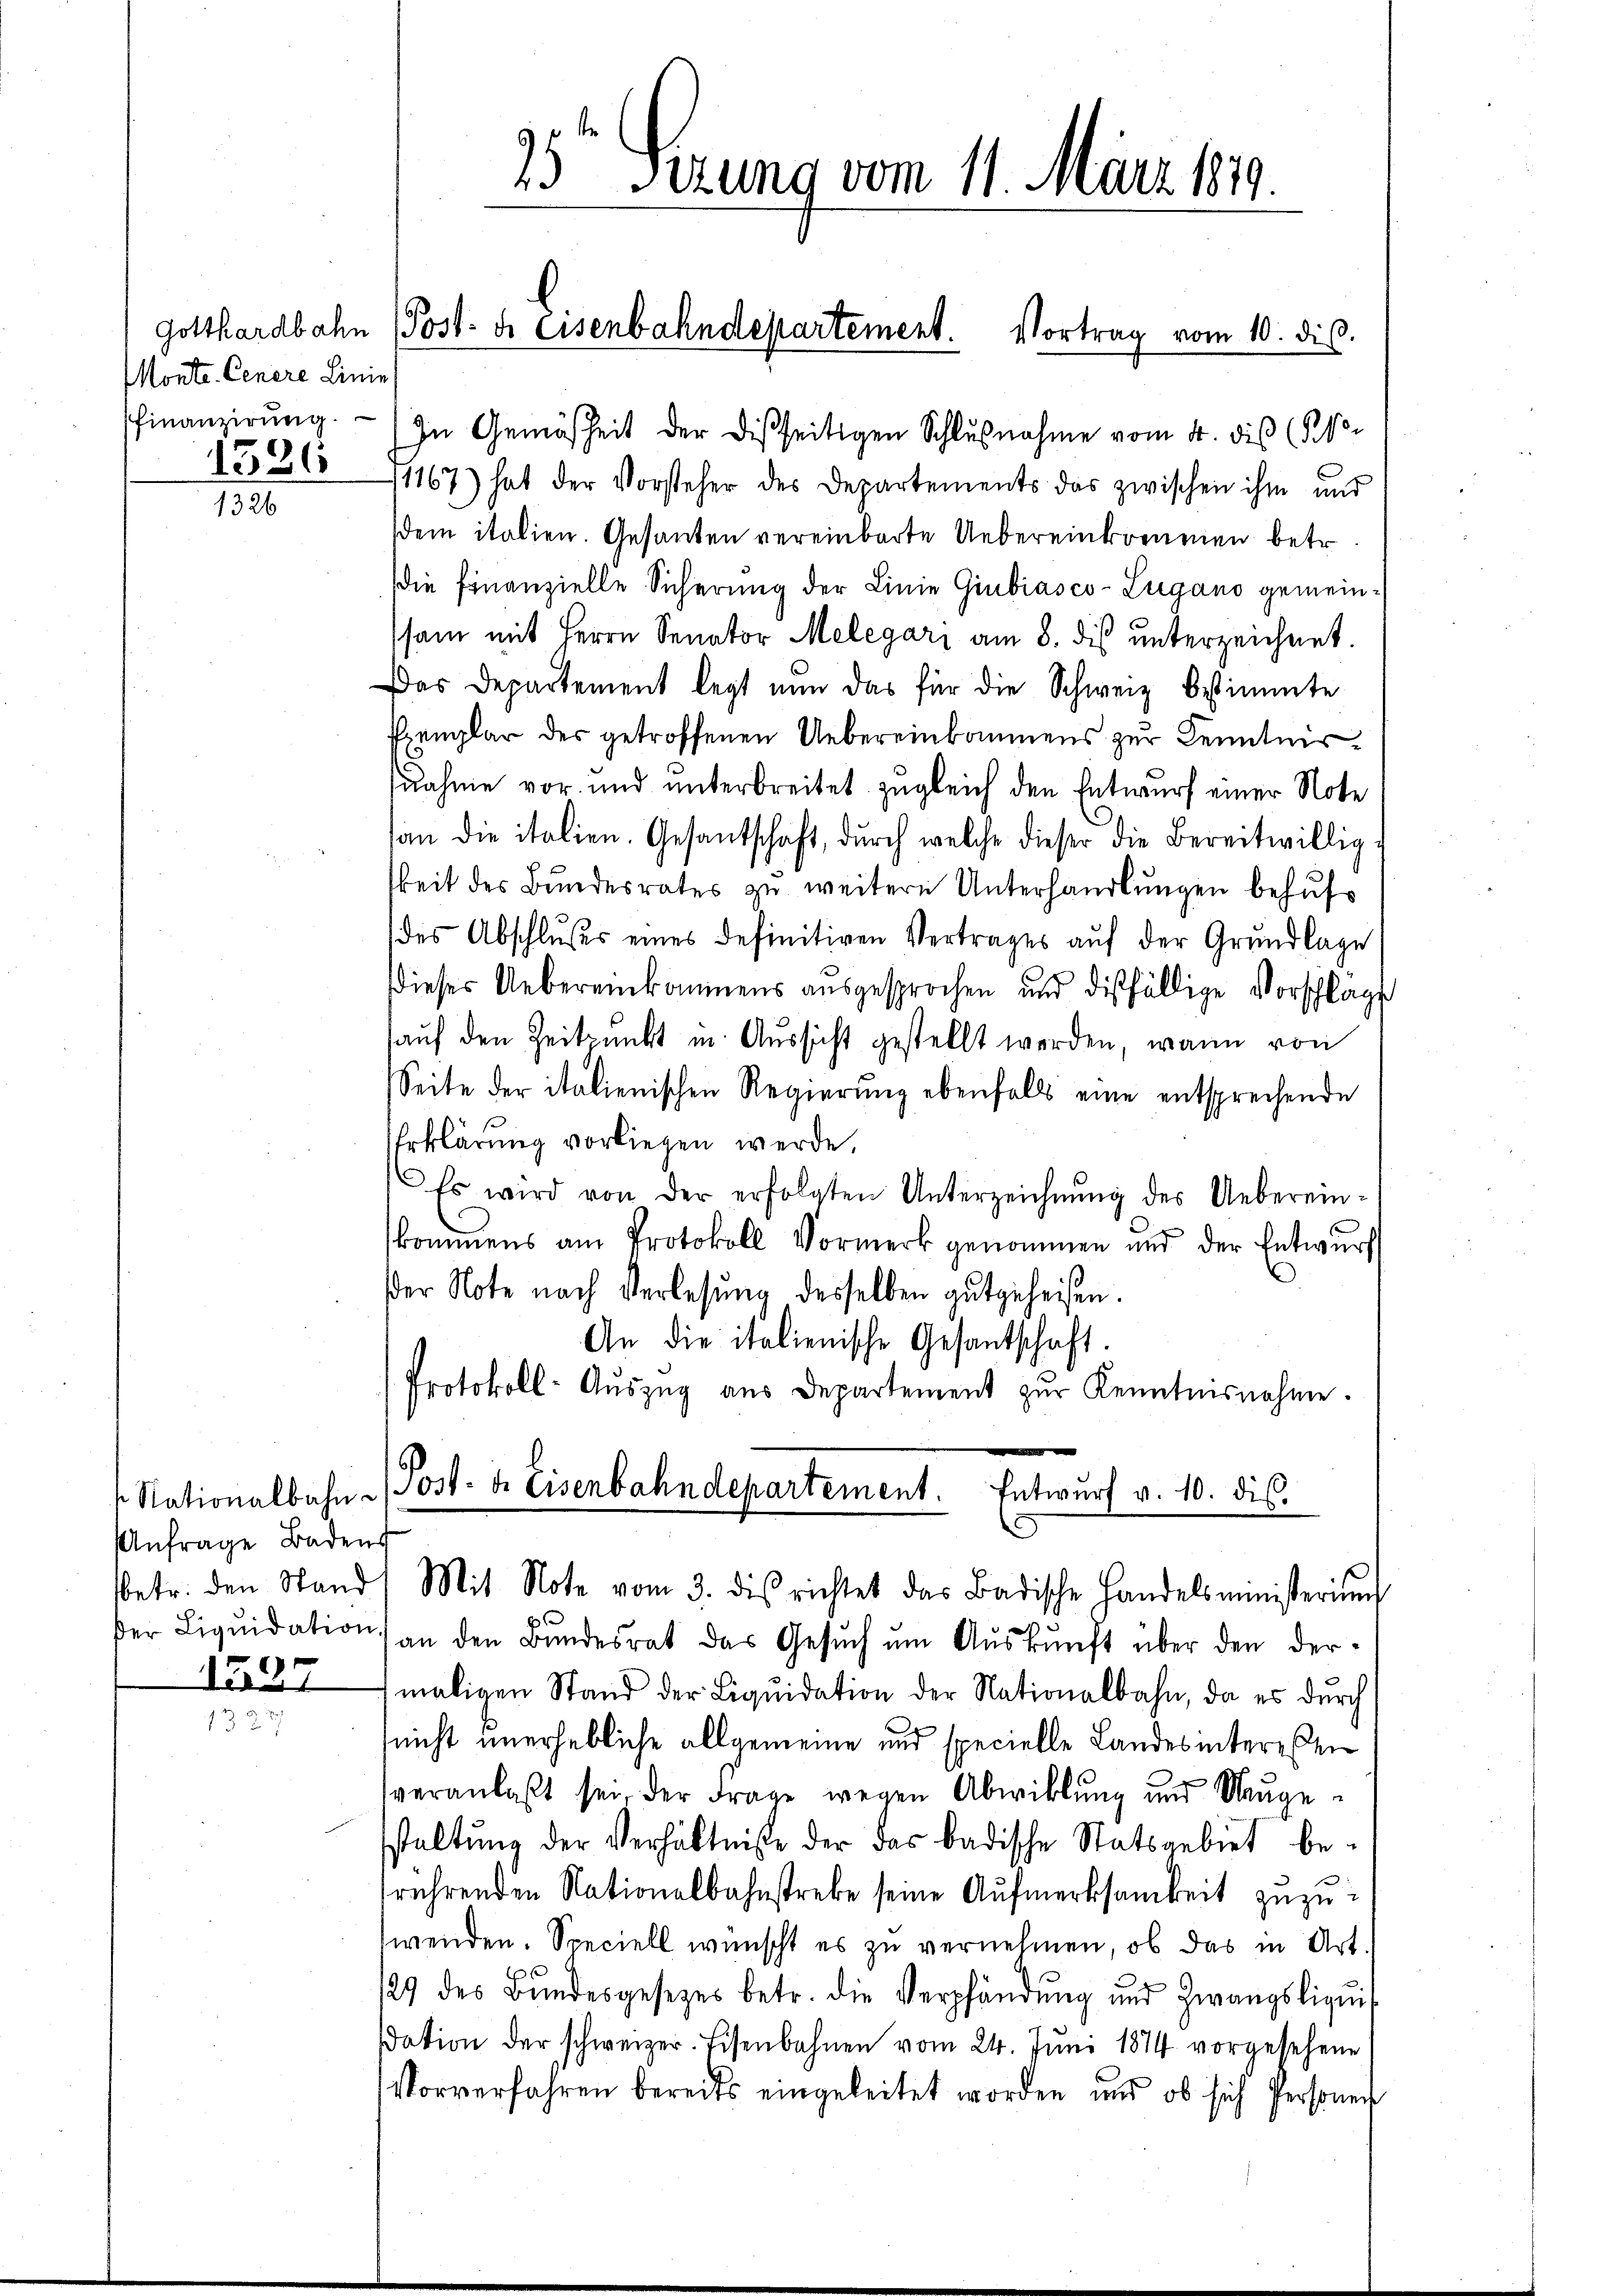
Gotthardbahn
Monte. Cenere Linie
Pfinanzierung.

1386
1326

eNationalbahn
Anfrage Badens
betr. den Stand
der Liquidation

1525

25 Fezung vom 11. März 1879.

In Gemäsheit der Disseitigen Schlŭβnahme vom 4. dis (§ 1
1167) hat der Vorsteher des Departements das zwischen ihm und
sdem italien. Gesanten vereinbarte Uebereinkommen betr.
die Finanzielle Sicherung der Linie Giubiasco-Lugano gemeinssam mit Herrn Senator Melegari am 8. des unterzeichnet
Das Departement legt nun das für die Schweiz bestimmte
Ppenglar des getroffenen Uebereinkommens zur Kenntnissnahme vor und unterbreitet zugleich den Entwurf einer Note
san die italien. Gesantschaft, durch welche dieser die bereitwillig
keit des Bundesrates zu weitere Unterhandlungen behufs
des Abschlußes eines definitiven Vertrages aŭf der Grundlage
dieses Uebereinkommens ausgesprochen und diesfällige Vorschlage
auf den Zeitpunkt in Aussicht gestellt werden, wann von
Seite der italienischen Regierung ebenfalls eine entsprechende
Erklärung vorliegen werde
Es wird von der erfolgten Unterzeichnŭng des Uebereinskommens am Protokoll Vormerk genommen und der Entwurf
er Note nach Verlesung desselben gutgeheißen.
An die italienische Gesantschaft.
Protokoll- Auszug aus Departement zur Kenntnisnahme.
Post- & Eisenbahndepartement. Entwurf v. 10. dies.
Mit Note vom 3. dis richtet das Badische Handelsministerium
an den Bundesrat das Gesuch um Auskunft über den der
maligen Stand der Liqŭidation der Nationalbahn, da es durch
nicht unerhebliche allgemeine und specielle Landes interessen
veranlaβt sei, der Frage wegen Abwicklung und Neugestaltung der Verhältniße der das badische Statsgebiet be-
rührenden Nationalbahnstreke seine Aufmerksamkeit zuzuwenden. Speciell wünscht es zu vernehmen, ob das in Art.
29 des Bŭndesgesezes betr. die Verpfändung und Zwangsliquit
dation der schweizer. Eisenbahnen vom 24. Jŭni 1874 vorgesehene
Vorverfahren bereits eingeleitet worden und ob sich Personen

Post- u. Eisenbahndepartement. Vortrag vom 10. dis.